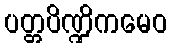
ပတ္တပိဏ္ဍိကမေဝ